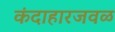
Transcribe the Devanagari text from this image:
कंदाहारजवळ